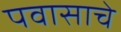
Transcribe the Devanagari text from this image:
पवासाचे